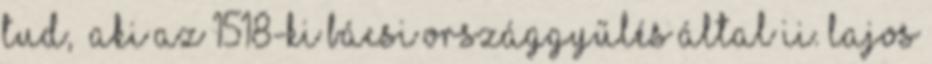
tud, „aki az 1518-ki bácsi országgyűlés által II. Lajos